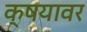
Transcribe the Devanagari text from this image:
क्षयावर